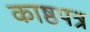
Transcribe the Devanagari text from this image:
काष्ठपत्र